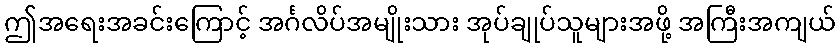
ဤအရေးအခင်းကြောင့် အင်္ဂလိပ်အမျိုးသား အုပ်ချုပ်သူများအဖို့ အကြီးအကျယ်